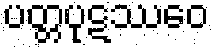
ပတ္တပုဋဿေဝ